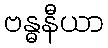
ဗန္ဓနီယာ